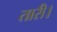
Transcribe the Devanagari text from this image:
तारी।